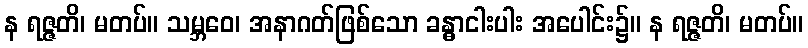
န ရဇ္ဇတိ၊ မတပ်။ သမ္ဘဝေ၊ အနာဂတ်ဖြစ်သော ခန္ဓာငါးပါး အပေါင်း၌။ န ရဇ္ဇတိ၊ မတပ်။